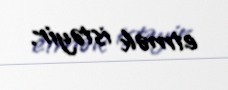
etmək istəyir.